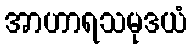
အာဟာရသမုဒယံ